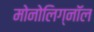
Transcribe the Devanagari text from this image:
मोनोलिग्नॉल